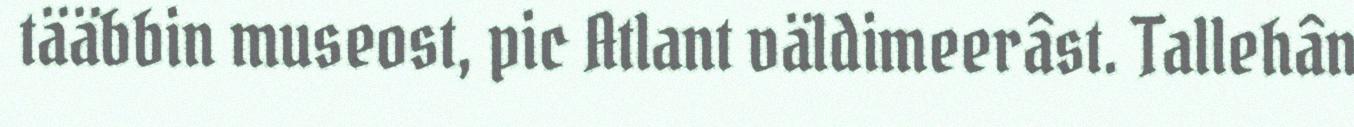
tääbbin museost, pic Atlant väldimeerâst. Tallehân